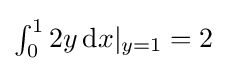
{\textstyle \int _{0}^{1}2y\,\mathrm {\mathrm {d} } x|_{y=1}=2}